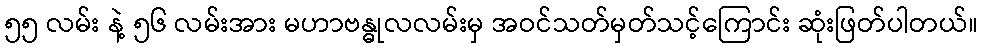
၅၅ လမ်း နဲ့ ၅၆ လမ်းအား မဟာဗန္ဓုလလမ်းမှ အဝင်သတ်မှတ်သင့်ကြောင်း ဆုံးဖြတ်ပါတယ်။